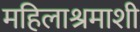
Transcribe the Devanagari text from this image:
महिलाश्रमाशी